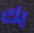
بك